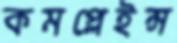
কমপ্লেইন্স